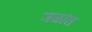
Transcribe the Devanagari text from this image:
जळांत